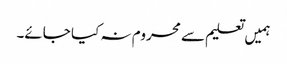
ہمیں تعلیم سے محروم نہ کیا جائے۔